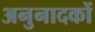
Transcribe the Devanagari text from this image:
अनुनादकों